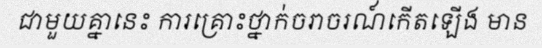
ជាមួយគ្នានេះ ការគ្រោះថ្នាក់ចរាចរណ៍កើតឡើង មាន